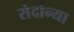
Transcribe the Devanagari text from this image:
सेर्दान्या